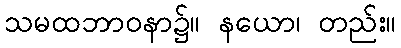
သမထဘာဝနာ၌။ နယော၊ တည်း။